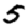
Digit: 5